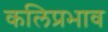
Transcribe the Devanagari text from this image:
कलिप्रभाव